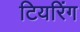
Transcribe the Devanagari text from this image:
टियरिंग